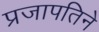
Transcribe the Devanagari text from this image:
प्रजापतिने